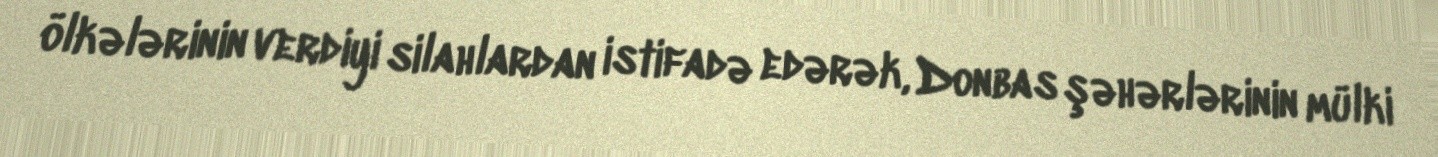
ölkələrinin verdiyi silahlardan istifadə edərək, Donbas şəhərlərinin mülki